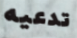
تدعيه